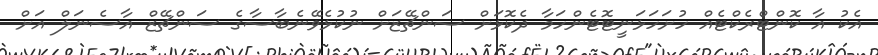
އެކު އާ ކޮންޓްރެކްޓެއް ހުށަހަޅަނީޓޮޓެންހަމާ ދެކޮޅަށް ސަންޗޭޒަށް ނުކުޅެވޭނެބާސާގެ ސަންޗޭޒް އާސެނަލް އަށް